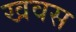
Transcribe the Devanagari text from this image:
खवस